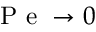
\textrm { P e } \rightarrow 0